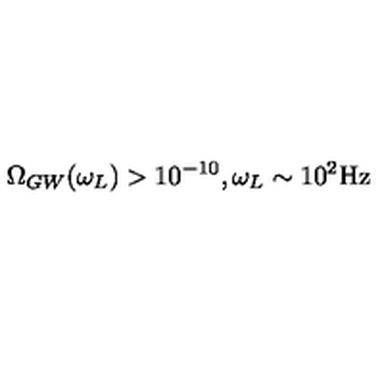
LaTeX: \Omega _ { G W } ( \omega _ { L } ) > 1 0 ^ { - 1 0 } , \omega _ { L } \sim 1 0 ^ { 2 } \mathrm { H z }